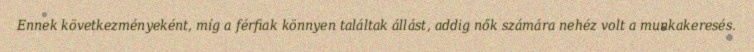
Ennek következményeként, míg a férfiak könnyen találtak állást, addig nők számára nehéz volt a munkakeresés.